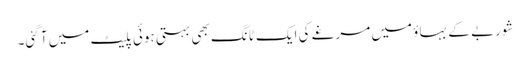
شوربے کے بہاؤ میں مرغے کی ایک ٹانگ بھی بہتی ہوئی پلیٹ میں آ گئی۔